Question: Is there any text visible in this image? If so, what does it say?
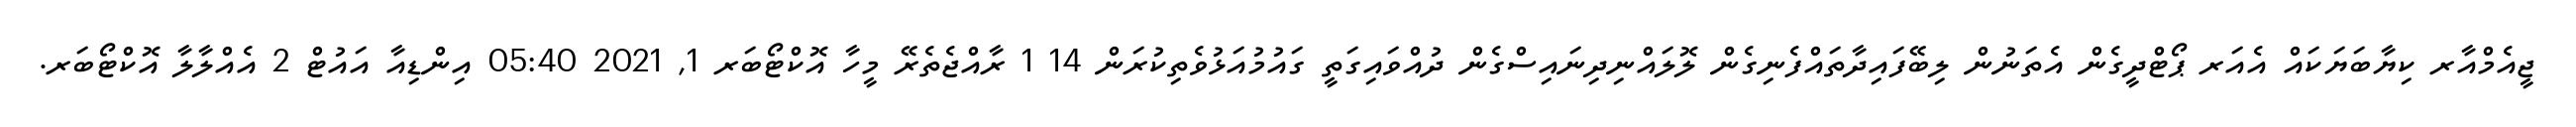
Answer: ޖީއެމްއާރ ކިޔާބަޔަކައް އެއަރ ޕޯޓްދީގެން އެތަނުން ލިބޭފައިދާތައްފެނިގެން ލޮލައްނިދިނައިސްގެން ދުއްވައިގަތީ ގައުމުއަޅުވެތިކުރަން 14 1 ރާއްޖެތެރޭ މީހާ އޮކްޓޯބަރ 1, 2021 05:40 އިންޑިއާ އައުޓް 2 އެއްލާލާ އޮކްޓޯބަރ.